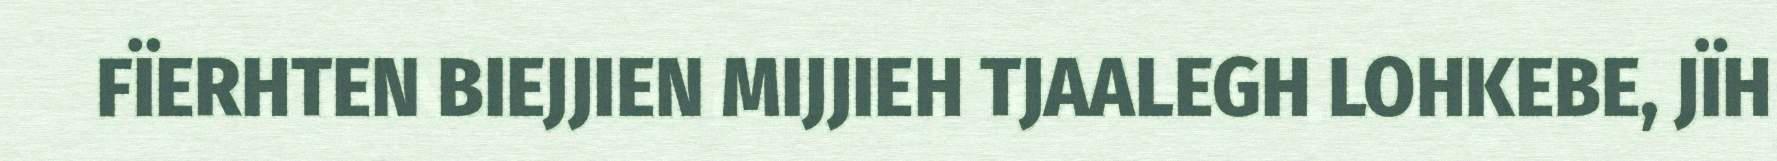
FÏERHTEN BIEJJIEN MIJJIEH TJAALEGH LOHKEBE, JÏH